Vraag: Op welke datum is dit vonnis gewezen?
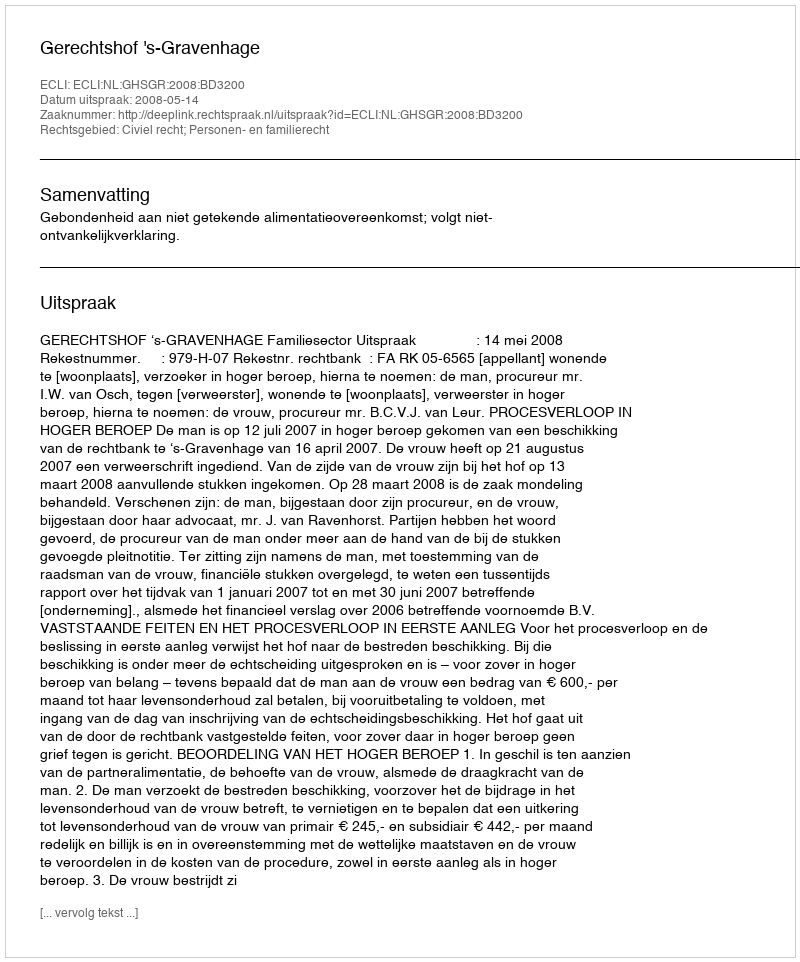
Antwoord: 2008-05-14